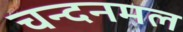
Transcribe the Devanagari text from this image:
चन्दनमल